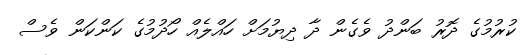
ކުރުމުގެ ދޮރު ބަންދު ވެގެން ދާ ދިޔުމަށް ހައްލެއް ހޯދުމުގެ ކަންކަން ވެސް